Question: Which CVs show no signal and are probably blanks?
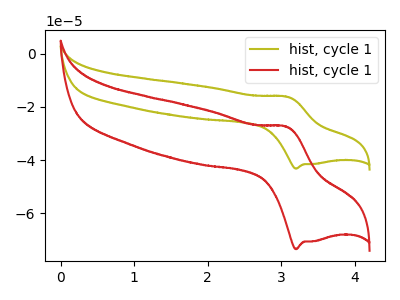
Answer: <think>The olive curve "hist, cycle 11" has an anodic peak at (3.05V, -16.15uA) and a cathodic peak at (3.20V, -43.20uA). The red curve "hist, cycle 12" has an anodic peak at (3.05V, -27.45uA) and a cathodic peak at (3.20V, -73.50uA).</think>
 <answer>There are not any CV's on this graph that are likely to be blanks.</answer>
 <eval>none</eval>